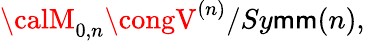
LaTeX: {\calM}_{0,n}\congV^{(n)}/{Sy\mathsf{m}\mathsf{m}}(n),